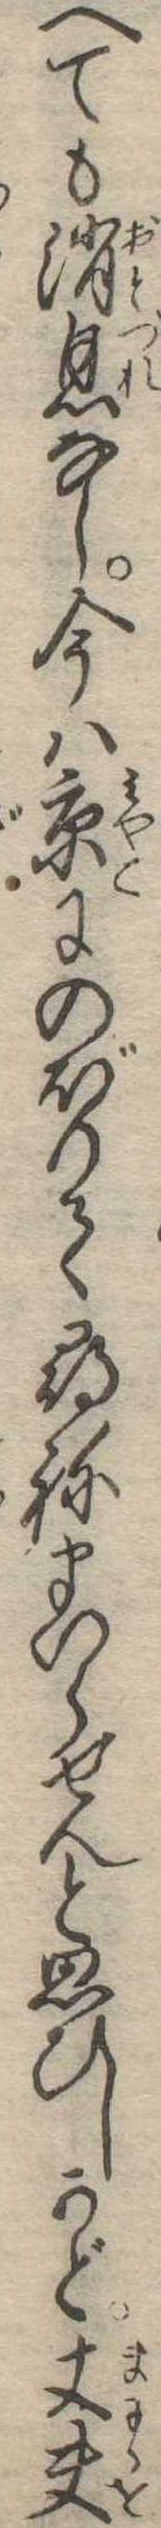
へても消息なし今は京にのぼりて尋ねまいらせんと思ひしかど丈夫